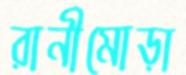
রানীমোড়া